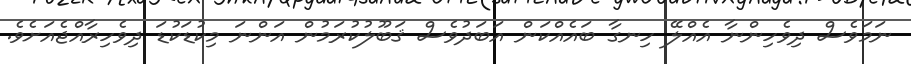
ނަމަވެސް ދިވެހިންނާ އެއްލޭ ހިނގާ ބައެއްކަން އަބަދުވެސް ޤަބޫލުކުރަމުން އަންނަ މިކުޑަކުޑަ ދިވެހިރާއްޖެއަށެވެ.